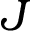
J